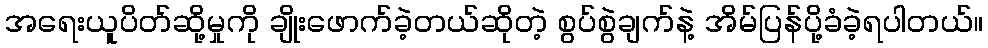
အရေးယူပိတ်ဆို့မှုကို ချိုးဖောက်ခဲ့တယ်ဆိုတဲ့ စွပ်စွဲချက်နဲ့ အိမ်ပြန်ပို့ခံခဲ့ရပါတယ်။